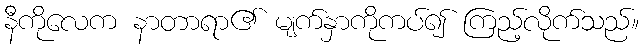
နီကိုလေက နာတာရာ၏ မျက်နှာကိုကပ်၍ ကြည့်လိုက်သည်။